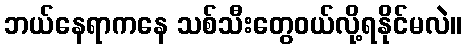
ဘယ်နေရာကနေ သစ်သီးတွေဝယ်လို့ရနိုင်မလဲ။